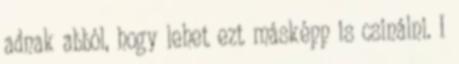
adnak abból, hogy lehet ezt másképp is csinálni. I